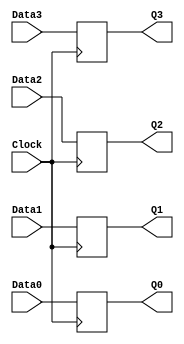
module fd4(
	Clock,
	Data0, Data1, Data2, Data3,
	Q0, Q1, Q2, Q3
);
input Clock;
input Data0, Data1, Data2, Data3;
output reg Q0, Q1, Q2, Q3;
always @(posedge Clock)
	{Q0, Q1, Q2, Q3} <= {Data0, Data1, Data2, Data3};
endmodule